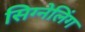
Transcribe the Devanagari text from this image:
सिग्नेलिंग